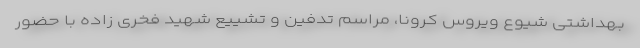
بهداشتی شیوع ویروس کرونا، مراسم تدفین و تشییع شهید فخری زاده با حضور